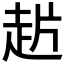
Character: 𰷲